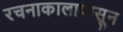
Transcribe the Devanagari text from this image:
रचनाकालापासून